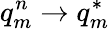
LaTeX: q_{m}^{n}\rightarrow q_{m}^{*}